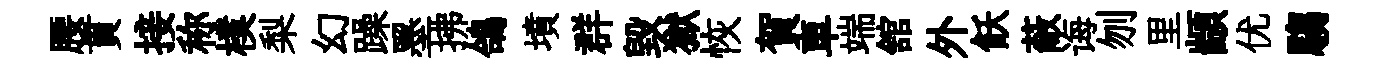
腰貫接称樸梨幻躁墨拂鴿墳群毀獄恢賀車端舘外飫蔽诲刎里顓优騶